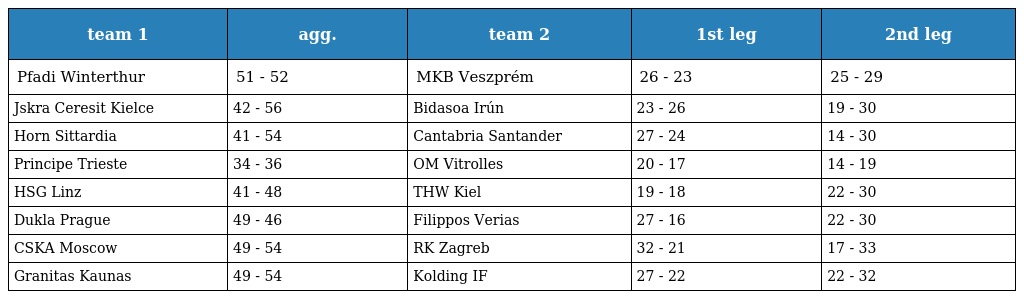
| team 1 | agg. | team 2 | 1st leg | 2nd leg |
 | --- | --- | --- | --- | --- |
 | Pfadi Winterthur | 51 - 52 | MKB Veszprém | 26 - 23 | 25 - 29 |
 | Jskra Ceresit Kielce | 42 - 56 | Bidasoa Irún | 23 - 26 | 19 - 30 |
 | Horn Sittardia | 41 - 54 | Cantabria Santander | 27 - 24 | 14 - 30 |
 | Principe Trieste | 34 - 36 | OM Vitrolles | 20 - 17 | 14 - 19 |
 | HSG Linz | 41 - 48 | THW Kiel | 19 - 18 | 22 - 30 |
 | Dukla Prague | 49 - 46 | Filippos Verias | 27 - 16 | 22 - 30 |
 | CSKA Moscow | 49 - 54 | RK Zagreb | 32 - 21 | 17 - 33 |
 | Granitas Kaunas | 49 - 54 | Kolding IF | 27 - 22 | 22 - 32 |